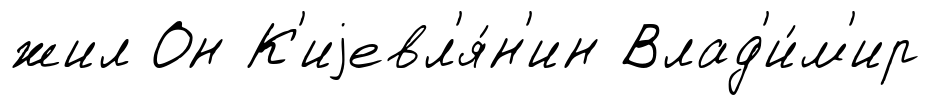
жил Он К'иjевл'я́н'ин Влад'и́м'ир